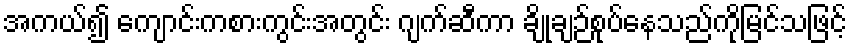
အကယ်၍ ကျောင်းကစားကွင်းအတွင်း ဂျက်ဆီကာ ချိုချဉ်စုပ်နေသည်ကိုမြင်သဖြင့်